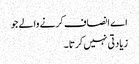
اے انصاف کرنے والے جو
زیادتی نہیں کرتا ۔